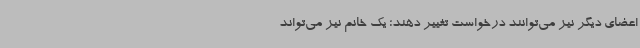
اعضای دیگر نیز می‌توانند درخواست تغییر دهند؛ یک خانم نیز می‌تواند